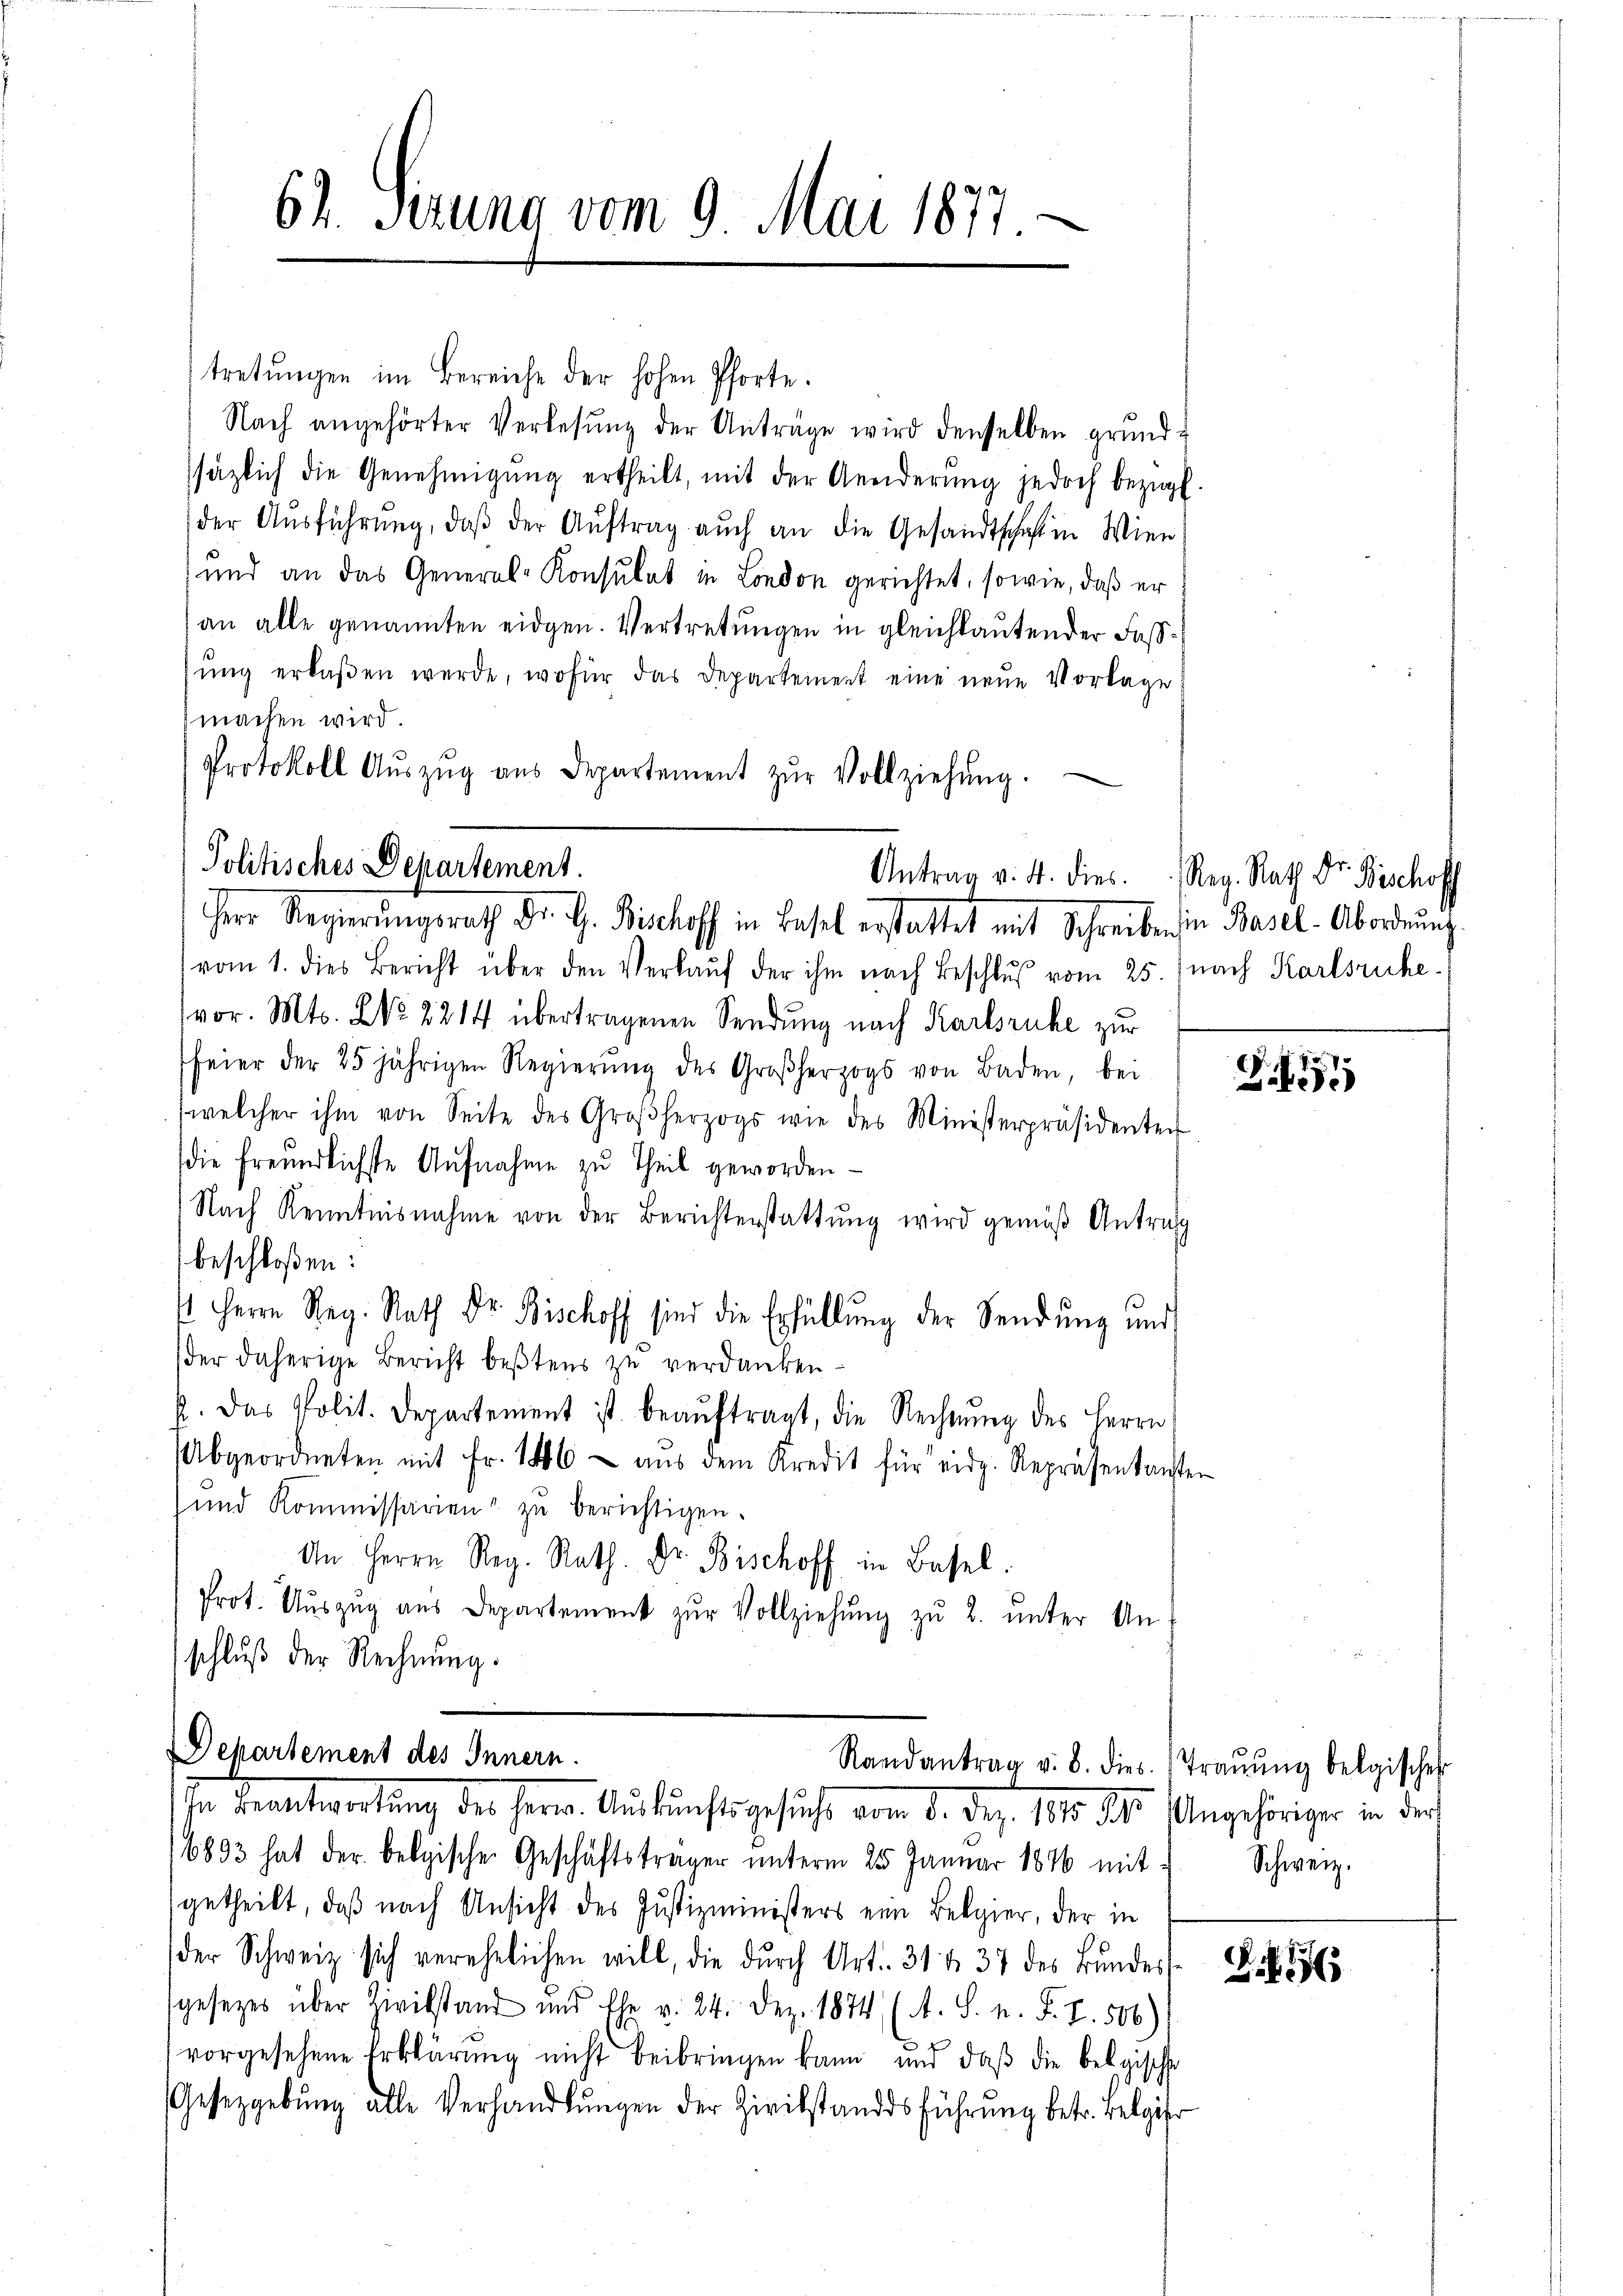
62. Serung vom 9. Mai 1877

tretungen im Bereiche der hohen Pforte.
Nach angehörter Verlesung der Anträge wird denselben grund-
säzlich die Genehmigŭng ertheilt, mit der Aneiderŭng jedoch bezügl.
der Ausführung, daß der Auftrag auch an die Gesandtschaft in Wien
und an das General-Konsulat in London gerichtet, sowie, daß er
an alle genannten eidgen. Vertretungen in gleichlautender Fastŭng erlaßen werde, wofür das Departement eine neue Vorlage
machen wird
Protokoll Aŭszŭg aŭs Departement zŭr Vollziehŭng.

Politisches Departement.
Antrag v. 4. dies. Reg. Rath Dr. Bischoff
Herr Regierungsrath Dr. G. Bischoff in Basel erstattet mit Schreiben in Basel- Abordnung

Departement des Innern.
Randantrag v. 8. dies Traŭŭng belgischer
In Beantwortung des Herrn Auskunftsgesuche vom 2. Dez. 1810. ds Angehöriger in doch

vom 1. dies Bericht über den Verkaŭf der ihm nach Beschlŭβ vom 25. (nach Karlsruhe
vor. Mts. No 2214 übertragenen Sendung nach Karlsruhe zur
feier der 25 jährigen Regierŭng des Großherzogs von Baden, bei
welcher ihm von Seite des Großherzogs wie des Ministerpräsidenten
die freundlichste Aufnahme zu Theil geworden.
Nach Kenntnisnahme von der Berichterstattung wird gemäß Antrag
beschloßen:
st Herrn Reg. Rath Dr. Bischoff sind die Erfüllung der Sendung und
der daherige Bericht beßtens zu verdanken.
p. Das Polit. Departement ist beaŭftragt, die Rechnŭng des Herrn
Abgeordneten mit Fr. 146 aŭs dem Kredit für eidg. Repräsentanten
und Kommissarien zŭ berichtigen.
An Herrn Reg. Rath. Dr. Bischoff in Basel.
Prot. Auszug aus Departement zŭr Vollziehung zu 2. unter An-
schluß der Rechnung.

16893 hat der belgische Geschäftsträger unterm 25 Januar 1846 mit
getheilt, daß nach Ansicht des Justizministers ein Belgier, der in
der Schweiz sich verehelichen will, die dŭrch Art. 31 & 37 des Bundes
gesezes über Zivilstand und Ehe v. 24. Dez. 1874 (A. S. n. F. Z. 506)
vorgesehene Erklärŭng nicht beibringen kann und daß die belgische
Gesetzgebung alle Verhandlŭngen der Zivilstanddsführung betr. Belgier

Z 11

Schweiz.

§. 156